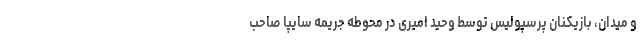
و میدان، بازیکنان پرسپولیس توسط وحید امیری در محوطه جریمه سایپا صاحب